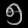
Digit: ၅